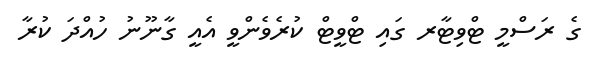
ގެ ރަސްމީ ޓްވިޓާރ ގައި ޓްވީޓް ކުރެވެންވީ އެއީ ގާނޫނު ހުއްދަ ކުރާ